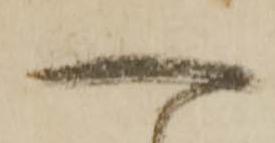
へ